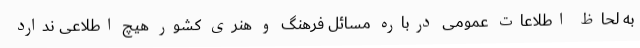
به لحاظ اطلاعات عمومی درباره مسائل فرهنگ و هنری کشور هیچ اطلاعی ندارد